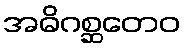
အဓိဂစ္ဆတေဝ